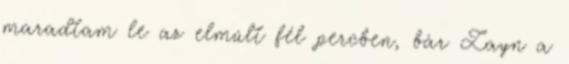
maradtam le az elmúlt fél percben, bár Zayn a